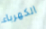
الكهرباء